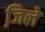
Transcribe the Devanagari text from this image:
जि़ले